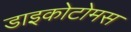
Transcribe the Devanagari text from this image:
डाइकोटोमस